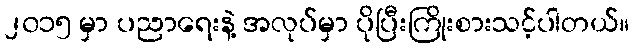
၂၀၁၅ မှာ ပညာရေးနဲ့ အလုပ်မှာ ပိုပြီးကြိုးစားသင့်ပါတယ်။